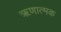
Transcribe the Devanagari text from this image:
ॠणात्मक